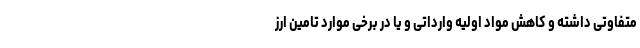
متفاوتی داشته و کاهش مواد اولیه وارداتی و یا در برخی موارد تامین ارز